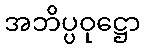
အဘိပ္ပဝုဋ္ဌော